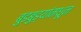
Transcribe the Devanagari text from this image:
बुडबुड्यांमधून